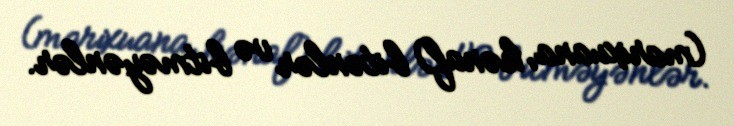
(marixuana, kənaf) bitənlər və bitməyənlər.